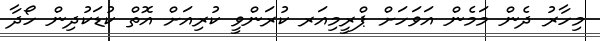
މިހާރު ދެން މަމެން އަވަހަށް ޕްރީމިއަރ ކުރަންވީ ކުރިއަށް އޮތް ކުޑަކުދިން ހޯދާ